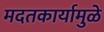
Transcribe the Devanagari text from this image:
मदतकार्यामुळे